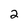
Character: 2